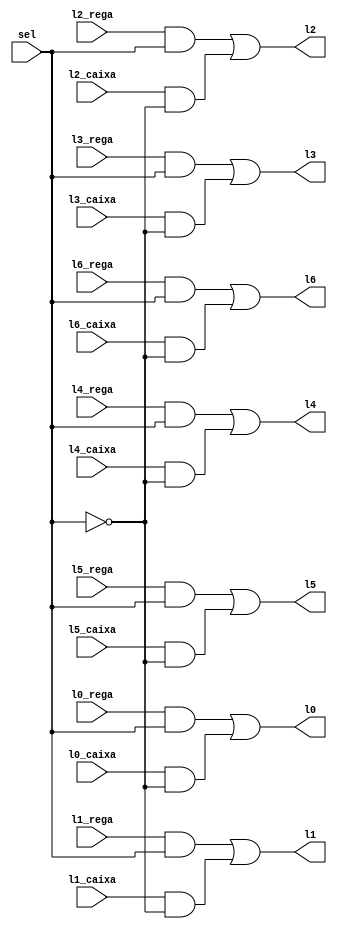
module mux_linhas(l0, l1, l2, l3, l4, l5, l6, l0_rega, l1_rega, l2_rega, l3_rega, l4_rega, l5_rega, l6_rega, l0_caixa, l1_caixa, l2_caixa,l3_caixa, l4_caixa, l5_caixa, l6_caixa,sel);

	input  l0_rega, l1_rega, l2_rega, l3_rega, l4_rega, l5_rega, l6_rega, l0_caixa, l1_caixa, l2_caixa,l3_caixa, l4_caixa, l5_caixa, l6_caixa,sel;
	output l0, l1, l2, l3, l4, l5, l6;
	
	wire s0, s1, s2, s3, s4, s5, s6, s7, s8, s9, s10, s11, s12, s13;
	
	
	// Linha 0
	and (s0,  l0_rega, sel);
	and (s1, l0_caixa, !sel);
	or (l0, s0, s1);
	
	// Linha 1
	and (s2, l1_rega, sel);
	and (s3, l1_caixa, !sel);
	or  (l1, s2, s3);
	
	// Linha 2
	and and4 (s4, l2_rega, sel);
	and and5 (s5, l2_caixa, !sel);
	or or2 (l2, s4, s5,);
	
	// Linha 3
	and and6 (s6, l3_rega, sel);
	and and7 (s7, l3_caixa, !sel);
	or or3 (l3, s6, s7);
	
	// Linha 4
	and and8 (s8, l4_rega, sel);
	and and9 (s9, l4_caixa, !sel);
	or or4 (l4, s8, s9);
	
	// Linha 5
	and and10 (s10, l5_rega, sel);
	and and11 (s11, l5_caixa, !sel);
	or or5 (l5, s10, s11);
	
	// Linha 6	
	and and12 (s12, l6_rega, sel);
	and and13 (s13,l6_caixa, !sel);
	or or6 (l6, s12, s13);
	
endmodule